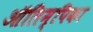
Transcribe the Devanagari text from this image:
ऑलिम्पिका